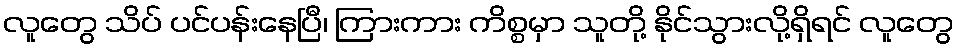
လူတွေ သိပ် ပင်ပန်းနေပြီ၊ ကြားကား ကိစ္စမှာ သူတို့ နိုင်သွားလို့ရှိရင် လူတွေ